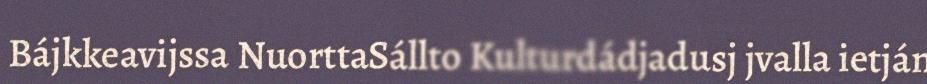
Bájkkeavijssa NuorttaSállto Kulturdádjadusj jvalla ietján